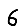
Digit: 6